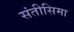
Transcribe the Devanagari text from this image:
संतीसिमा